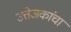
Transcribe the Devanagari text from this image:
उत्तेजकांचा